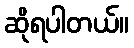
ဆိုရပါတယ်။